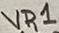
Text: VR1